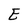
Character: E